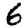
Digit: 6